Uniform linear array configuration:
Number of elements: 8
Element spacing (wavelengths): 0.5
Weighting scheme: hamming
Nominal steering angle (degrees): -60
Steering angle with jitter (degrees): -60.235
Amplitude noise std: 0.05
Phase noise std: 0.05

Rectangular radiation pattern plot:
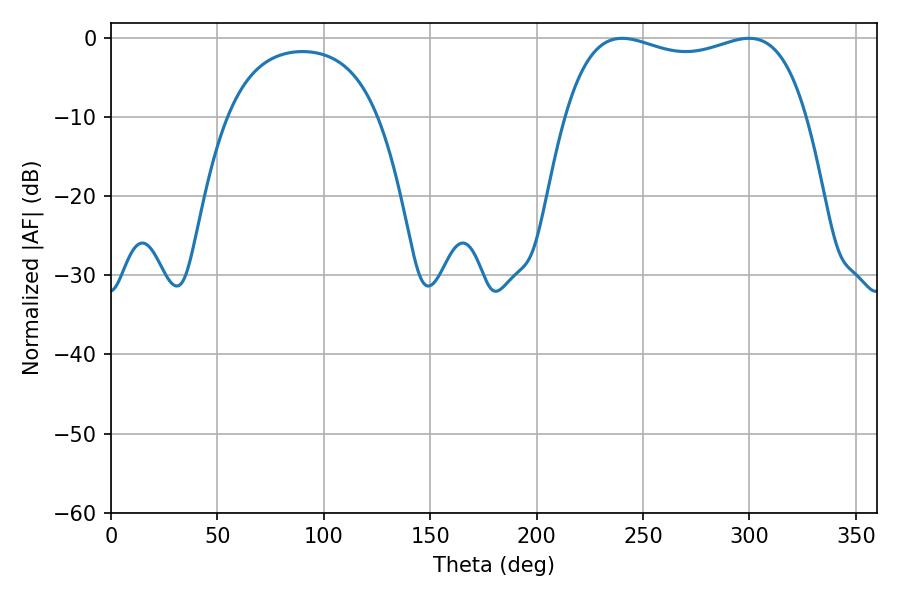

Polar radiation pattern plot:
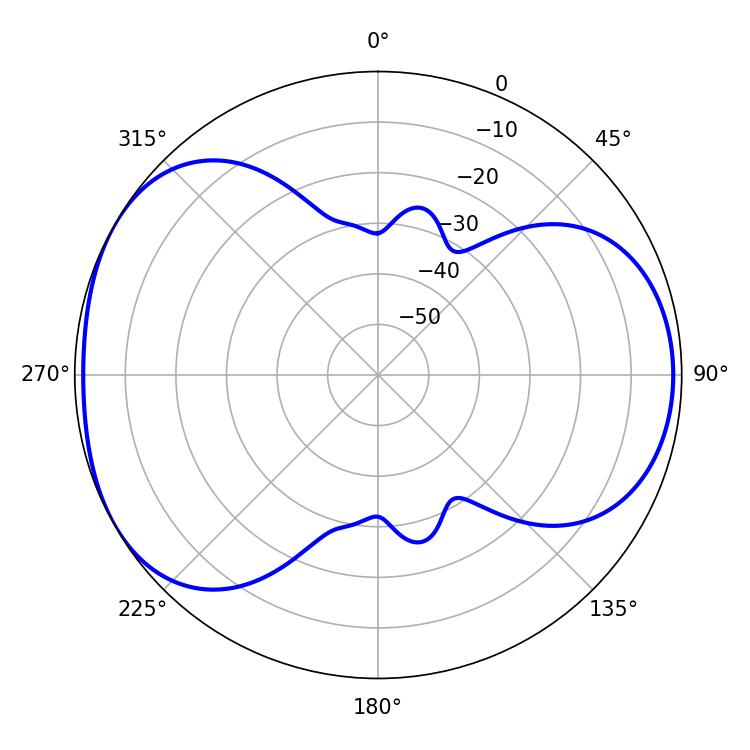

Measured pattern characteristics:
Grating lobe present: FALSE
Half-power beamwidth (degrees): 92.52
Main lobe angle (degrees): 240.12